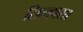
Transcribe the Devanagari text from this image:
सिल्व्हासा